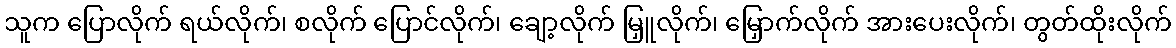
သူက ပြောလိုက် ရယ်လိုက်၊ စလိုက် ပြောင်လိုက်၊ ချော့လိုက် မြှူလိုက်၊ မြှောက်လိုက် အားပေးလိုက်၊ တွတ်ထိုးလိုက်